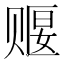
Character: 𬥺